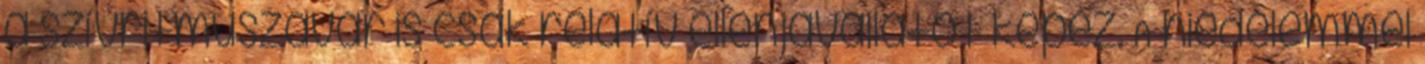
a szívritmuszavar is csak relatív ellenjavallatot képez. A hiedelemmel